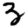
Digit: 3